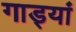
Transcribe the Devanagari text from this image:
गाड्यां